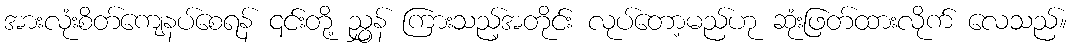
အားလုံးစိတ်ကျေနပ်စေရန် ၎င်းတို့ ညွှန် ကြားသည့်အတိုင်း လုပ်တော့မည်ဟု ဆုံးဖြတ်ထားလိုက် လေသည်။